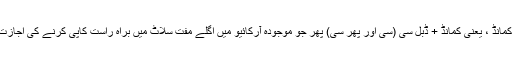
- نئی کلید کمانڈ ، یعنی کمانڈ + ڈبل سی (سی اور پھر سی) پھر جو موجودہ آرکائیو میں اگلے مفت سلاٹ میں براہ راست کاپی کرنے کی اجازت دیتی ہے۔